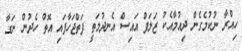
ހިއްރާ ނުކުމެގެން ދިއުމާއެކު ޒަލަފް އައިސް އެނދުމަތީ ފަތްޖަހާފައި އޮތް ހެދުން ނަގާ